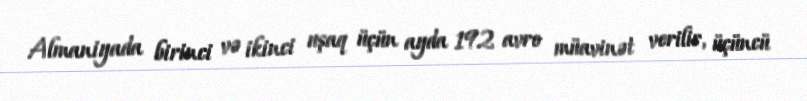
Almaniyada birinci və ikinci uşaq üçün ayda 192 avro müavinət verilir, üçüncü